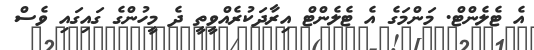
އެ ޓެލެންޓް. މަންމަގެ އެ ޓެލެންޓް އިރާދަކުރެއްވީތީ ދެ މީހުންގެ ގައިގައި ވެސް